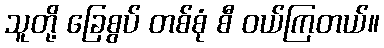
သူတို့ ခြေစွပ် တစ်စုံ စီ ဝယ်ကြတယ်။